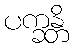
ပက္ခန္တိ